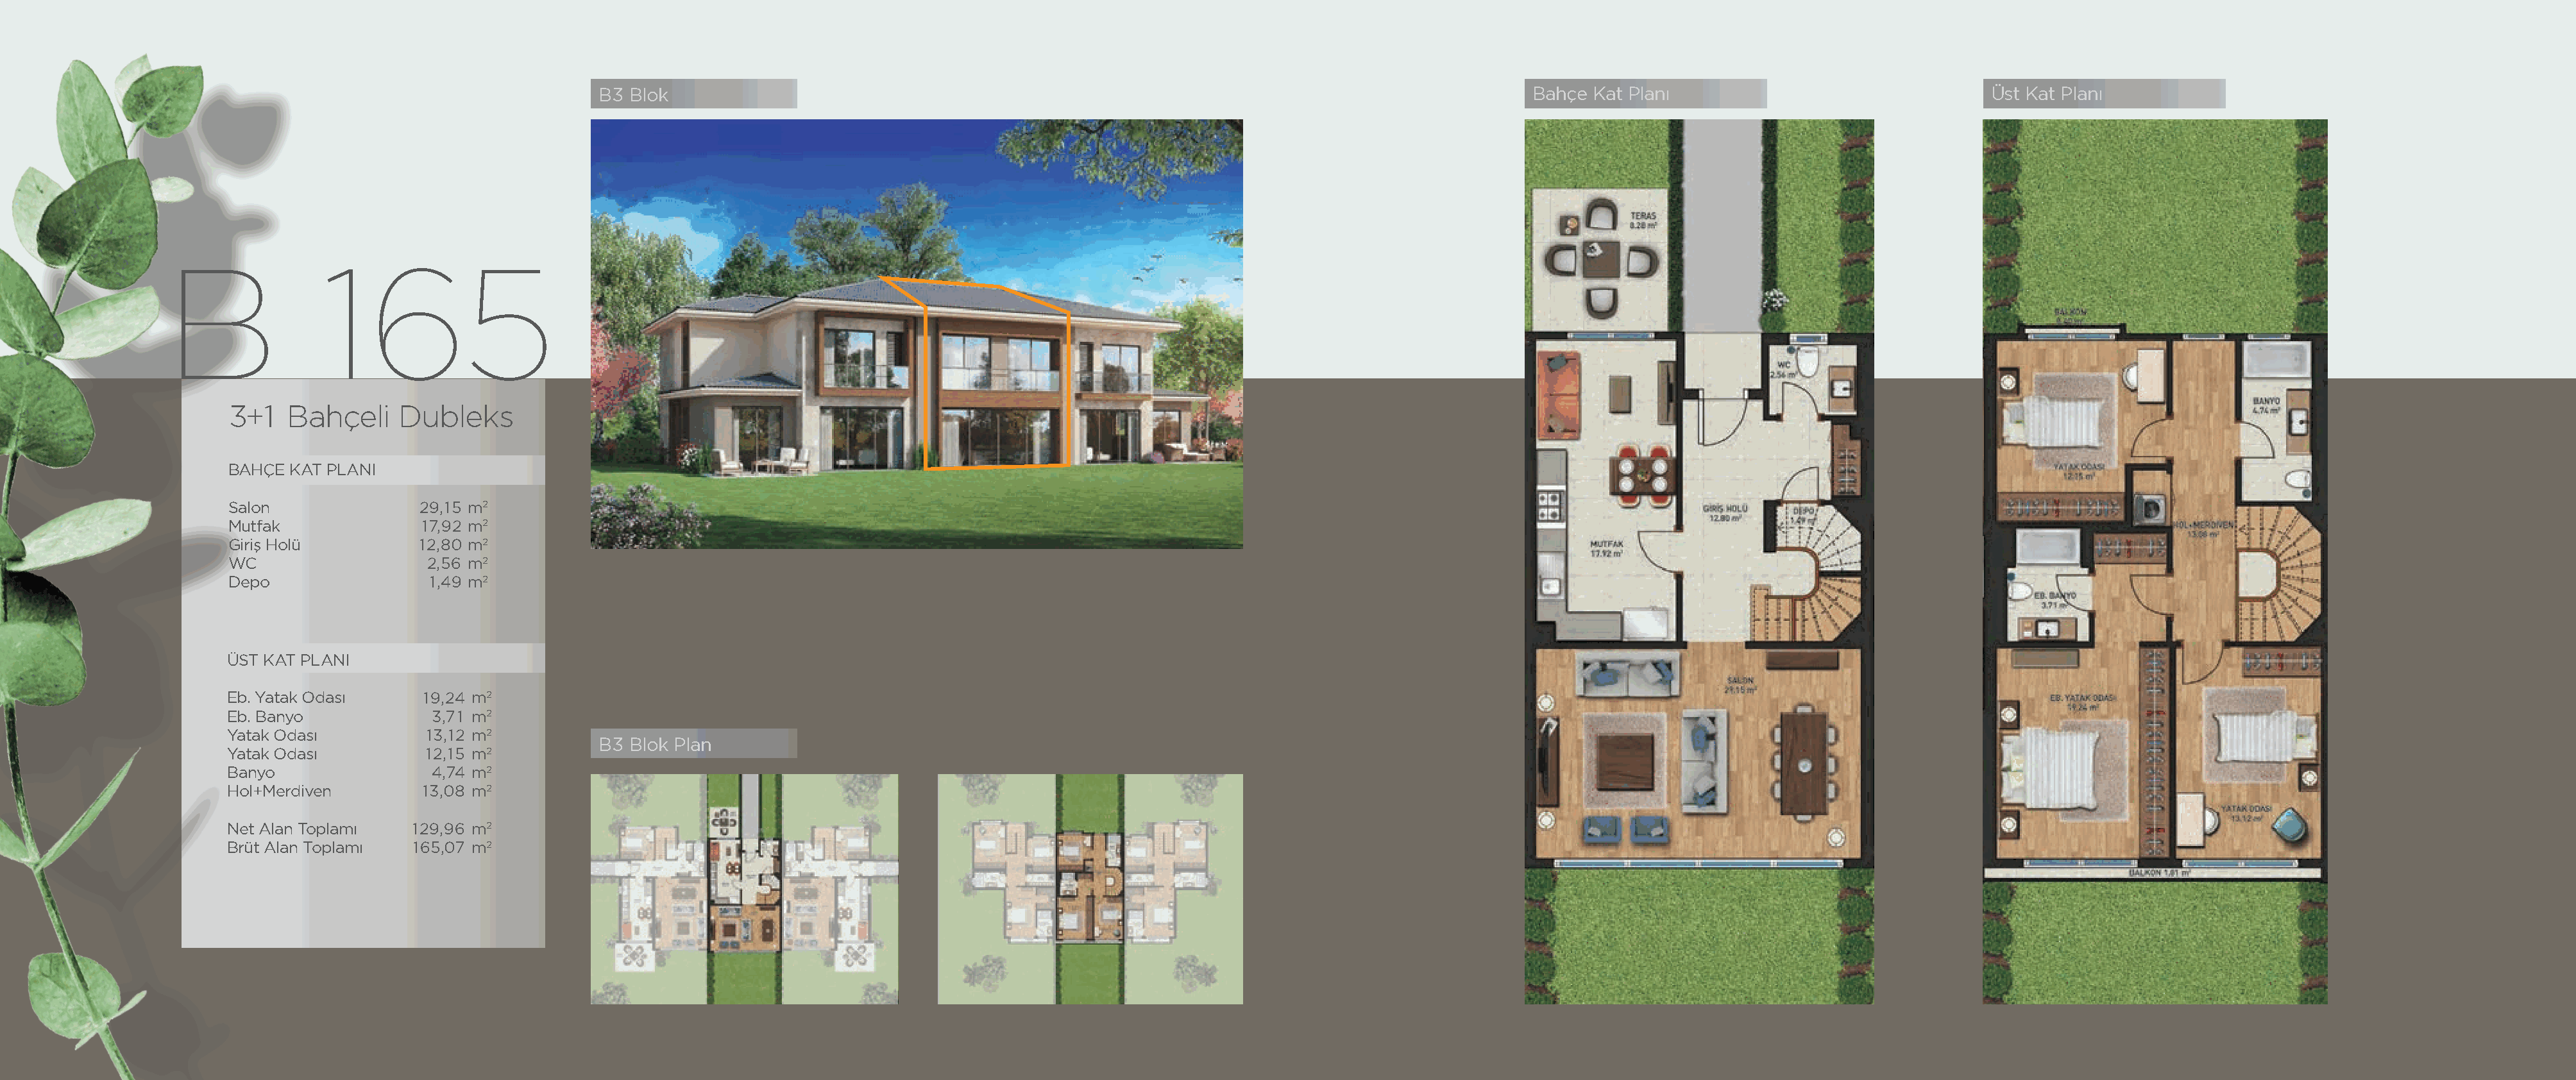
B3 Blok                                                                                         Bahçe Kat Planı                                Üst Kat Planı
 B               165
 3+1   Bahçeli    Dubleks
 BAHÇE KAT PLANI
 Salon              29,15 m2
 Mutfak             17,92 m2
 Giriş Holü         12,80 m2
 WC                  2,56 m2
 Depo                1,49 m2
 ÜST KAT PLANI
 Eb. Yatak Odası     19,24 m2
 Eb. Banyo            3,71 m2
 Yatak Odası          13,12 m2
 B3 Blok Plan
 Yatak Odası          12,15 m2
 Banyo                4,74 m2
 Hol+Merdiven        13,08 m2
 Net Alan Toplamı   129,96 m2
 Brüt Alan Toplamı  165,07 m2